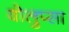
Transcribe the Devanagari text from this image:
वोलुप्सा